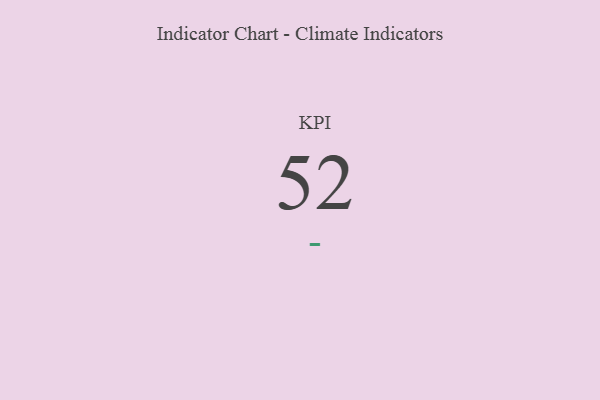
{"axis": {"x": "KPI", "y": "Value"}, "legend": [""], "data": [{"x": "KPI", "y": 52, "type": ""}]}